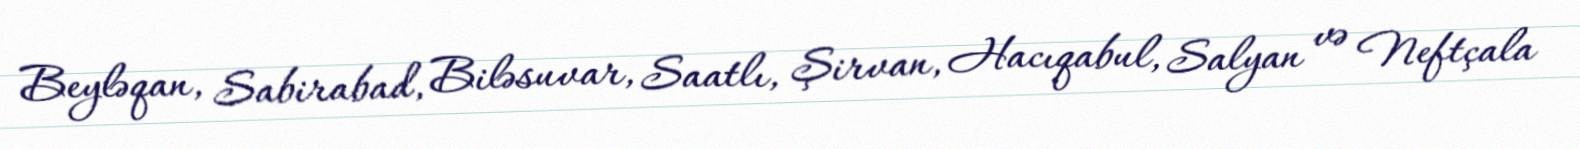
Beyləqan, Sabirabad, Biləsuvar, Saatlı, Şirvan, Hacıqabul, Salyan və Neftçala